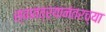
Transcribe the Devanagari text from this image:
स्वातत्र्यानंतरच्या